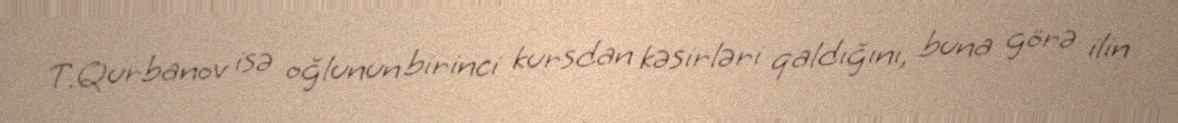
T.Qurbanov isə oğlunun birinci kursdan kəsirləri qaldığını, buna görə ilin